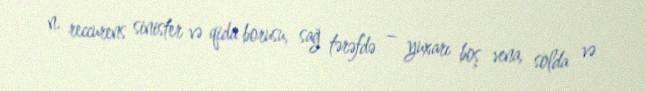
n. reccurens sinister və qida borusu, sağ tərəfdə – yuxarı boş vena, solda və